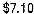
$7.10